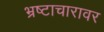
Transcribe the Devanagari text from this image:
भ्रष्टाचारावर